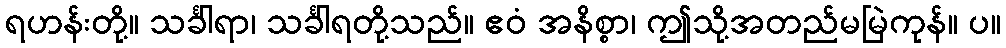
ရဟန်းတို့။ သင်္ခါရာ၊ သင်္ခါရတို့သည်။ ဧဝံ အနိစ္စာ၊ ဤသို့အတည်မမြဲကုန်။ ပ။